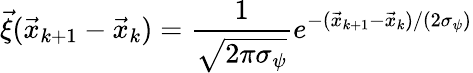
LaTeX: \vec{\xi}(\vec{x}_{k+1}-\vec{x}_{k})=\frac{1}{\sqrt{2\pi\sigma_{\psi}}}e^{-(\vec{x}_{k+1}-\vec{x}_{k})/(2\sigma_{\psi})}